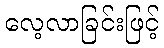
လေ့လာခြင်းဖြင့်